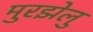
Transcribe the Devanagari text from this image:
मुरझेलु